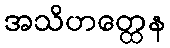
အသိဟတ္ထေန